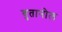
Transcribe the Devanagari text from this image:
बुतानोल